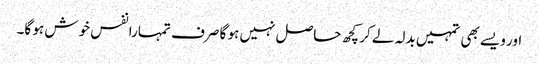
اور ویسے بھی تمہیں بدلہ لے کر کچھ حاصل نہیں ہو گا صرف تمہارا نفس خوش ہو گا۔